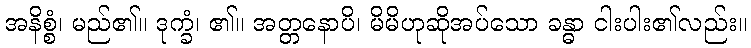
အနိစ္စံ၊ မည်၏။ ဒုက္ခံ၊ ၏။ အတ္တနောပိ၊ မိမိဟုဆိုအပ်သော ခန္ဓာ ငါးပါး၏လည်း။